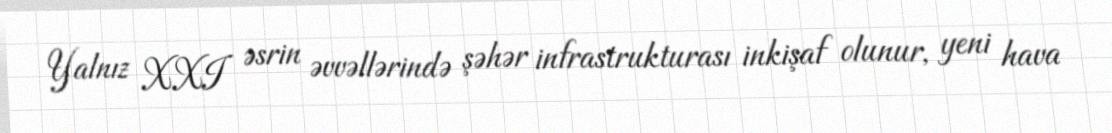
Yalnız XXI əsrin əvvəllərində şəhər infrastrukturası inkişaf olunur, yeni hava